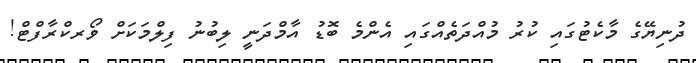
ދުނިޔޭގެ މާކެޓުގައި ކުރު މުއްދަތެއްގައި އެންމެ ބޮޑު އާމްދަނީ ލިބުނު ފިލްމަކަށް ވޯރކްރާފްޓް!